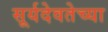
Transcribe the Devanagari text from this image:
सूर्यदेवतेच्या